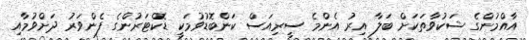
އާއްމުންގެ ޝަކުވާތަކަށް ބަލާ އިރު އެންމެ ސީރިއަސް ކަންބޮޑުވުމަކީ ޑޮކްޓަރުންގެ ފެންވަރު ދަށްވުމާއި